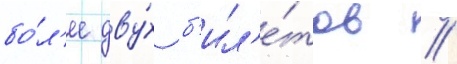
бо́л'ее дву́х б'ил'е́тов //